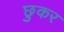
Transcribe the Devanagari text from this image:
छुकर